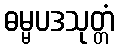
ဓမ္မပဒသုတ္တံ